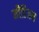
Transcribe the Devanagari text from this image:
मीडिअम